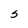
Character: s